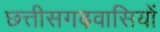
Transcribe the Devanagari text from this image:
छत्तीसगढ़वासियों